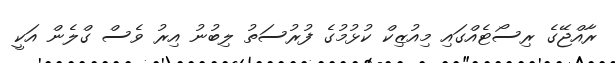
ރާއްޖޭގެ ރިސޯޓެއްގައި މިއުޒިކް ކުޅުމުގެ ފުރުސަތު ލިބުނު އިރު ވެސް ގްލެން އަކީ